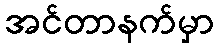
အင်တာနက်မှာ